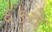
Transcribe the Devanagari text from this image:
६९वे